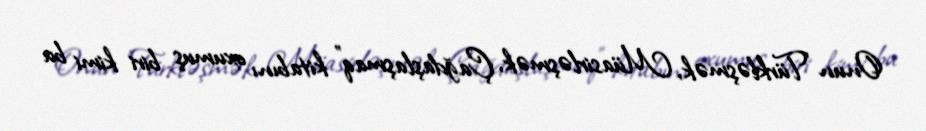
Onun ”Türkləşmək, Müasirləşmək, Çağdaşlaşmaq" kitabını oxumuş biri kimi bu